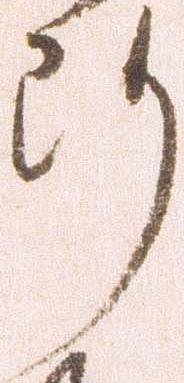
断